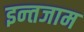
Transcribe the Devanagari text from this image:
इन्‍तजाम